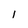
Character: l